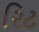
રિટ